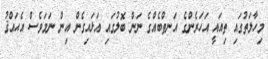
މިހާލަތުގައި ތިއައީ އަހަރެންގެ އަނތްބެއްގެ ނަން ބޮލުގައި އަޅައިގެން އިން ނަމަވެސް އެޙައްޤު